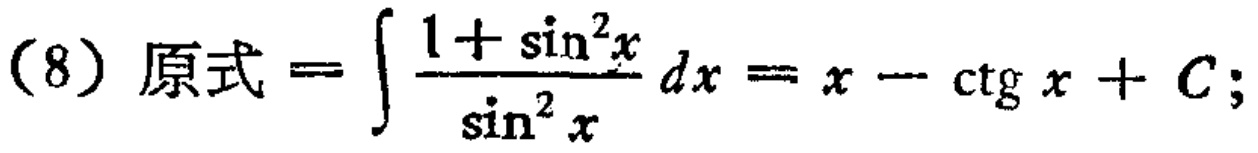
(8) 原式\(=\int \frac{1 + \sin^{2}x}{\sin^{2}x}dx = x - \ctg x + C\);